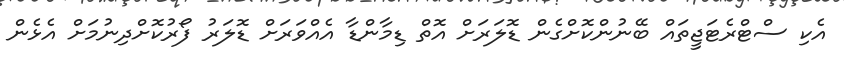
އެކި ސްޓްރެޓަޖީތައް ބޭނުންކޮށްގެން ޑޮލަރަށް އޮތް ޑިމާންޑާ އެއްވަރަށް ޑޮލަރު ފޯރުކޮށްދިނުމަށް އެޅެން